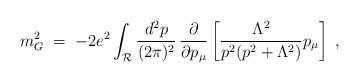
LaTeX: \begin{align*}m^2_G\;=\; - 2 e^2 \int_{{\mathcal R}} \frac{d^2p}{(2\pi)^2}\,\frac{\partial}{\partial p_\mu} \left[\frac{\Lambda^2}{p^2 (p^2 + \Lambda^2)} p_\mu \right] \;,\end{align*}